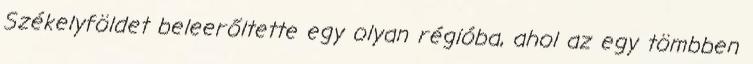
Székelyföldet beleerőltette egy olyan régióba, ahol az egy tömbben